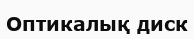
Оптикалық диск